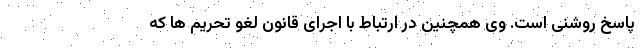
پاسخ روشنی است. وی همچنین در ارتباط با اجرای قانون لغو تحریم ها که